Civil Veterinary Dept. Assam report 1927-50 - 1927-1950
Year: 1927
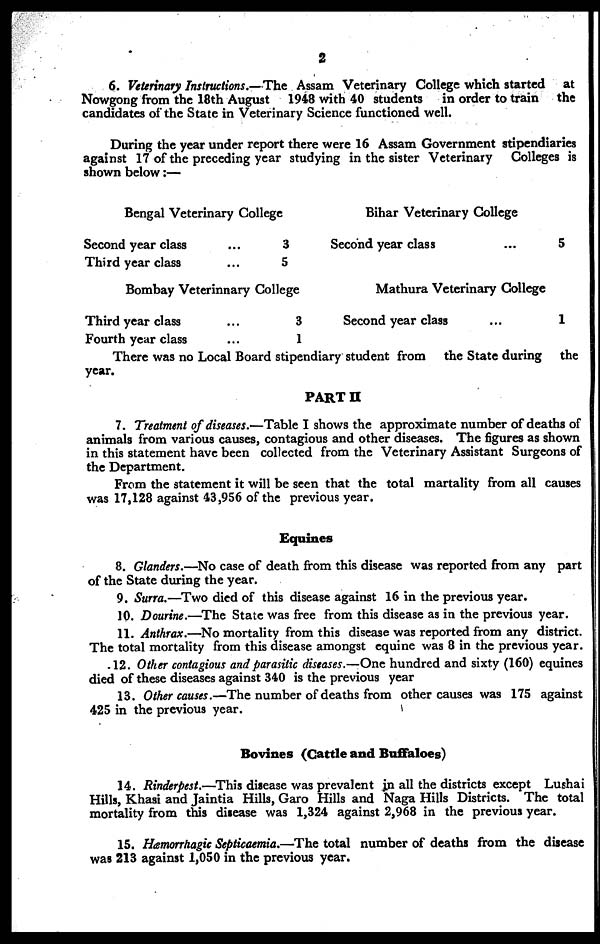
2
6. Veterinary Instructions.—The Assam Veterinary College which started
at
Nowgong from the 18th August
1948 with 40 students
in order to train
the
candidates of the State in Veterinary Science functioned well.
During the year under report there were 16 Assam Government stipendiaries
against 17 of the preceding year studying in the sister Veterinary
Colleges is
shown below:—
Bengal Veterinary College
Second year class
...
3
Third year class
...
5
Bombay Veterinnary College
Third year class
...
3
Fourth year class
...
1
Bihar Veterinary College
Second year class
...
5
Mathura Veterinary College
Second year class
...
1
There was no Local Board stipendiary student from
the State during
the
year.
PART II
7. Treatment of diseases.—Table I shows the approximate number of deaths of
animals from various causes, contagious and other diseases. The figures as shown
in this statement have been collected from the Veterinary Assistant Surgeons of
the Department.
From the statement it will be seen that the total martality from all causes
was 17,128 against 43,956 of the previous year.
Equines
8. Glanders.—No case of death from this disease was reported from any part
of the State during the year.
9. Surra.—Two died of this disease against 16 in the previous year.
10. Dourine.—The State was free from this disease as in the previous year.
11. Anthrax.—No mortality from this disease was reported from any district.
The total mortality from this disease amongst equine was 8 in the previous year.
12. Other contagious and parasitic diseases.—One hundred and sixty (160) equines
died of these diseases against 340 is the previous year
13. Other causes.—The number of deaths from other causes was 175 against
425 in the previous year.
Bovines (Cattle and Buffaloes)
14. Rinderpest.—This disease was prevalent in all the districts except Lushai
Hills, Khasi and Jaintia Hills, Garo Hills and Naga Hills Districts. The total
mortality from this disease was 1,324 against 2,968 in the previous year.
15. Hæmorrhagic Septicaemia.—The total number of deaths from the disease
was 213 against 1,050 in the previous year.